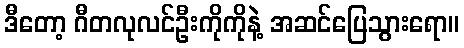
ဒီတော့ ဂီတလုလင်ဦးကိုကိုနဲ့ အဆင်ပြေသွားရော။